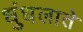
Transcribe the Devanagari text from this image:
धुंधलाते